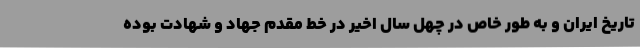
تاریخ ایران و به طور خاص در چهل سال اخیر در خط مقدم جهاد و شهادت بوده